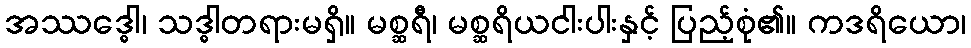
အဿဒ္ဓေါ၊ သဒ္ဓါတရားမရှိ။ မစ္ဆရီ၊ မစ္ဆရိယငါးပါးနှင့် ပြည့်စုံ၏။ ကဒရိယော၊